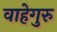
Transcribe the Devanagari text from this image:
वाहेगुरु